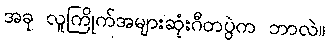
အခု လူကြိုက်အများဆုံးဂီတပွဲက ဘာလဲ။